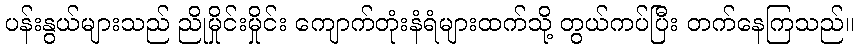
ပန်းနွယ်များသည် ညိုမှိုင်းမှိုင်း ကျောက်တုံးနံရံများထက်သို့ တွယ်ကပ်ပြီး တက်နေကြသည်။